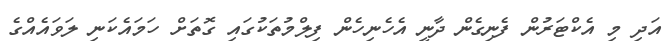
އަދި މި އެކްޓަރުން ފެނިގެން ދާނީ އެހެނިހެން ފިލްމުތަކުގައި ގޮތަށް ހަމައެކަނި ލަވައެއްގެ